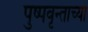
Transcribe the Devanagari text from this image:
पुष्पवृन्ताच्या